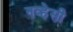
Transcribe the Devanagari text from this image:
नव्हेसी